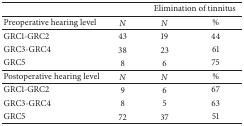
<table><thead><tr><td><b> </b></td><td><b> </b></td><td colspan="2"><b>Elimination of tinnitus</b></td></tr></thead><tbody><tr><td>Preoperative hearing level</td><td><i>N </i></td><td><i>N </i></td><td>%</td></tr><tr><td>GRC1-GRC2</td><td>43</td><td>19</td><td>44</td></tr><tr><td>GRC3-GRC4</td><td>38</td><td>23</td><td>61</td></tr><tr><td>GRC5</td><td>8</td><td>6</td><td>75</td></tr><tr><td>Postoperative hearing level</td><td><i>N </i></td><td><i>N </i></td><td>%</td></tr><tr><td>GRC1-GRC2</td><td>9</td><td>6</td><td>67</td></tr><tr><td>GRC3-GRC4</td><td>8</td><td>5</td><td>63</td></tr><tr><td>GRC5</td><td>72</td><td>37</td><td>51</td></tr></tbody></table>